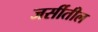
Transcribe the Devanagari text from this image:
जर्सीतील